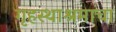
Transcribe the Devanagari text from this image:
गृहस्थाश्रमाचा